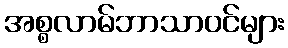
အစ္စလာမ်ဘာသာဝင်များ